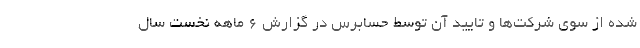
شده از سوی شرکت‌ها و تایید آن توسط حسابرس در گزارش ۶ ماهه نخست سال